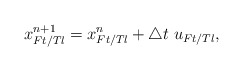
\begin{align*}x^{n+1}_{Ft/Tl}=x^{n}_{Ft/Tl}+\triangle t\;u_{Ft/Tl},\end{align*}